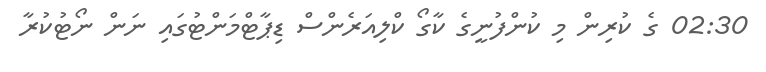
02:30 ގެ ކުރިން މި ކުންފުނީގެ ކާގޯ ކްލިއަރެންސް ޑިޕާޓްމަންޓުގައި ނަން ނޯޓުކުރާ